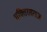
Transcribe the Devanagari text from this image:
भक्तिरसराज